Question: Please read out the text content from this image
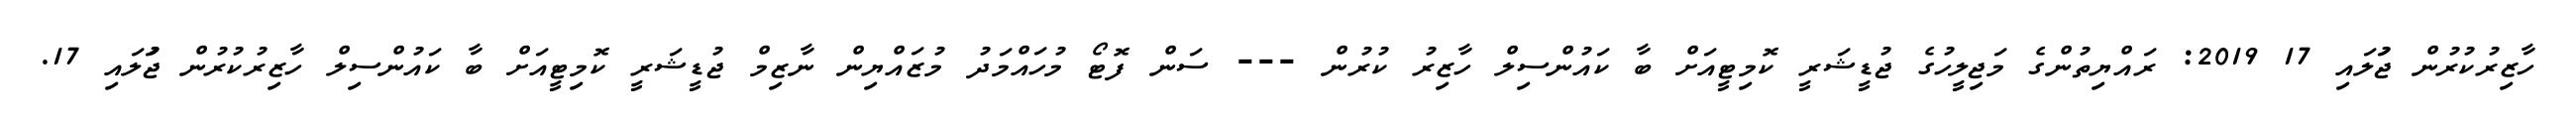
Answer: ހާޒިރުކުރުން ޖުަލައި 17 2019: ރައްޔިތުންގެ މަޖިލީހުގެ ޖުޑީޝަރީ ކޮމިޓީއަށް ބާ ކައުންސިލް ހާޒިރު ކުރުން --- ސަން ފޮޓޯ މުހައްމަދު މުޒައްޔިން ނާޒިމް ޖުޑީޝަރީ ކޮމިޓީއަށް ބާ ކައުންސިލް ހާޒިރުކުރުން ޖުަލައި 17.